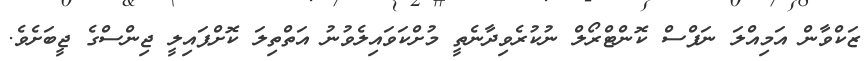
ޒަކްވާން އަމިއްލަ ނަފްސް ކޮންޓްރޯލް ނުކުރެވިދާނެތީ މުށްކަވައިލެވުނު އަތްތިލަ ކޮށްޕައިލީ ޖިންސްގެ ޖީބަށެވެ.